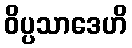
ဝိပ္ပသာဒေဟိ